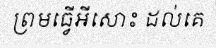
ព្រមធ្វើអីសោះ ដល់គេ